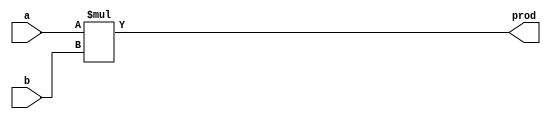
`timescale 1ns / 1ps

module mul(a, b, prod);
    input [2:0]a,b;
    output [2:0]prod;

    assign prod = a * b;
endmodule